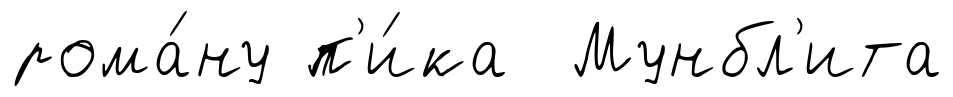
рома́ну п'и́ка Мунбл'ита